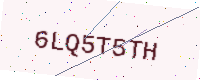
Text: 6LQ5T5TH